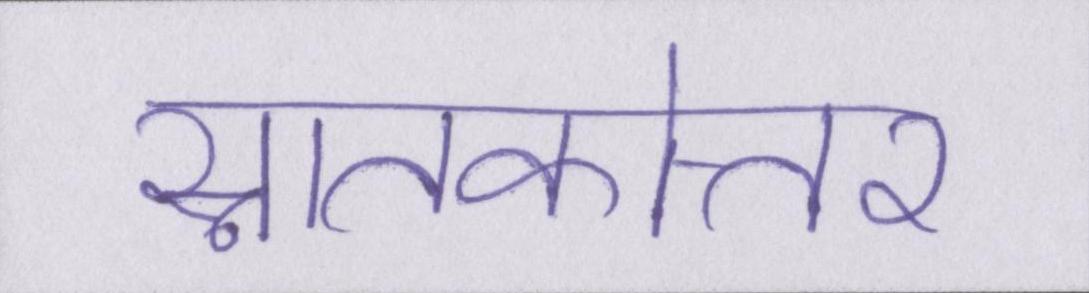
स्नातकोत्तर